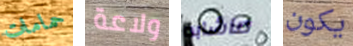
حمامات ولاعة ماشابه يكون